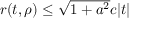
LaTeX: \textstyle r ( t , \rho ) \leq { \sqrt { 1 + a ^ { 2 } } } c | t |